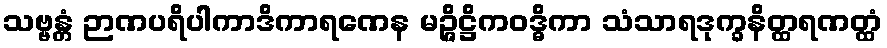
သဗ္ဗန္တံ ဉာဏပရိပါကာဒိကာရဏေန မဉ္ဇိဋ္ဌိကဝဒ္ဓိကာ သံသာရဒုက္ခနိတ္ထရဏတ္ထံ